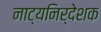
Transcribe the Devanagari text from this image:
नाट्यनिर्देशक